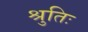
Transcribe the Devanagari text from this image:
श्रुतिः